Leaving Certificate Examination (including Day School Certificate (Higher) General paper), 1933
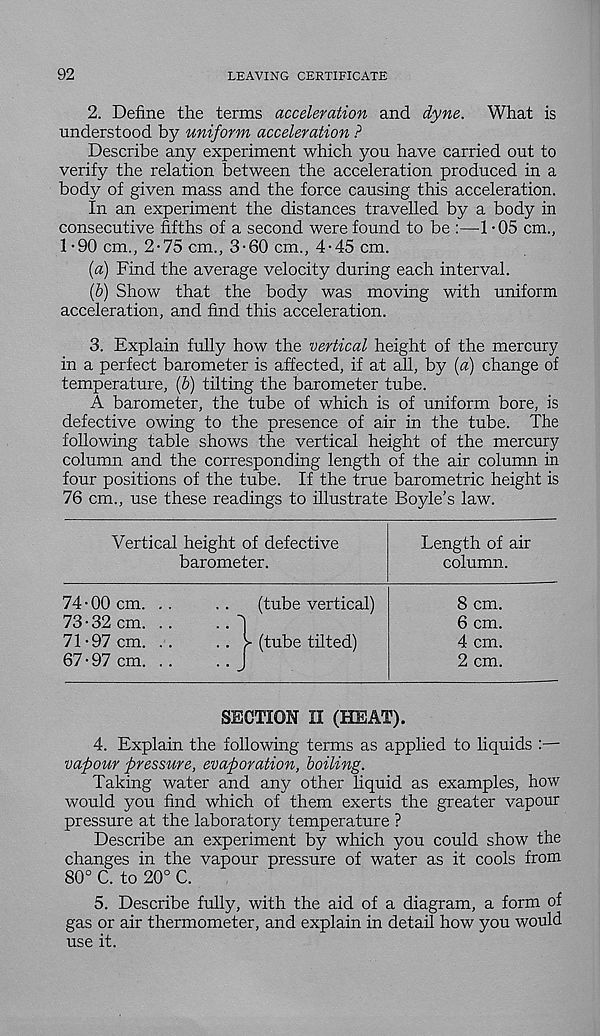
92
LEAVING CERTIFICATE
2. Define the terms acceleration and dyne. What is
understood by uniform acceleration ?
Describe any experiment which you have carried out to
verify the relation between the acceleration produced in a
body of given mass and the force causing this acceleration.
In an experiment the distances travelled by a body in
consecutive fifths of a second were found to be :—1 -05 cm.,
1-90 cm., 2-75 cm., 3-60 cm., 4-45 cm.
{a) Find the average velocity during each interval.
(b) Show that the body was moving with uniform
acceleration, and find this acceleration.
3. Explain fully how the vertical height of the mercury
in a perfect barometer is affected, if at all, by [a) change of
temperature, [b) tilting the barometer tube.
A barometer, the tube of which is of uniform bore, is
defective owing to the presence of air in the tube. The
following table shows the vertical height of the mercury
column and the corresponding length of the air column in
four positions of the tube. If the true barometric height is
76 cm., use these readings to illustrate Boyle’s law.
Vertical height of defective
barometer.
Length of air
column.
74-00 cm.
73-32 cm.
71-97 cm.
67-97 cm.
(tube vertical)
. .
(tube tilted)
8 cm.
6 cm.
4 cm.
2 cm.
SECTION II (HEAT).
4. Explain the following terms as applied to liquids :—
vapour pressure, evaporation, boiling.
Taking water and any other liquid as examples, how
would you find which of them exerts the greater vapour
pressure at the laboratory temperature ?
Describe an experiment by which you could show the
changes in the vapour pressure of water as it cools from
80° C. to 20° C.
5. Describe fully, with the aid of a diagram, a form of
gas or air thermometer, and explain in detail how you would
use it.